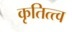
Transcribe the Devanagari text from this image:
कृतित्त्व